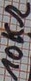
Text: 10KΩ